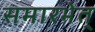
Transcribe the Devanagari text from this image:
समारभेत्